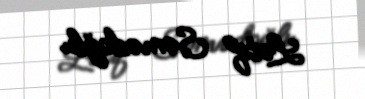
Lətif Səmədoğlu